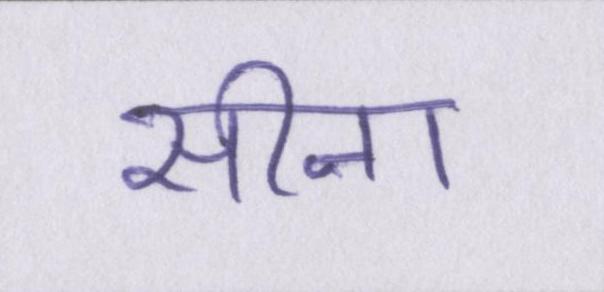
सीना